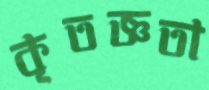
কৃতজ্ঞতা